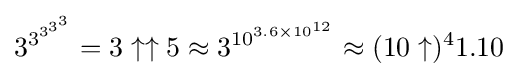
3^{3^{3^{3^{3}}}}=3\uparrow \uparrow 5\approx 3^{10^{3.6\times 10^{12}}}\approx (10\uparrow )^{4}1.10